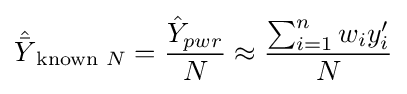
{\hat {\bar {Y}}}_{{\text{known }}N}={\frac {{\hat {Y}}_{pwr}}{N}}\approx {\frac {\sum _{i=1}^{n}w_{i}y'_{i}}{N}}